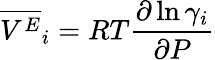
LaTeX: {\overline{{V^{E}}}}_{i}=RT{\frac{\partial\ln\gamma_{i}}{\partial P}}